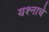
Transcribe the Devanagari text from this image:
यश्नाचे